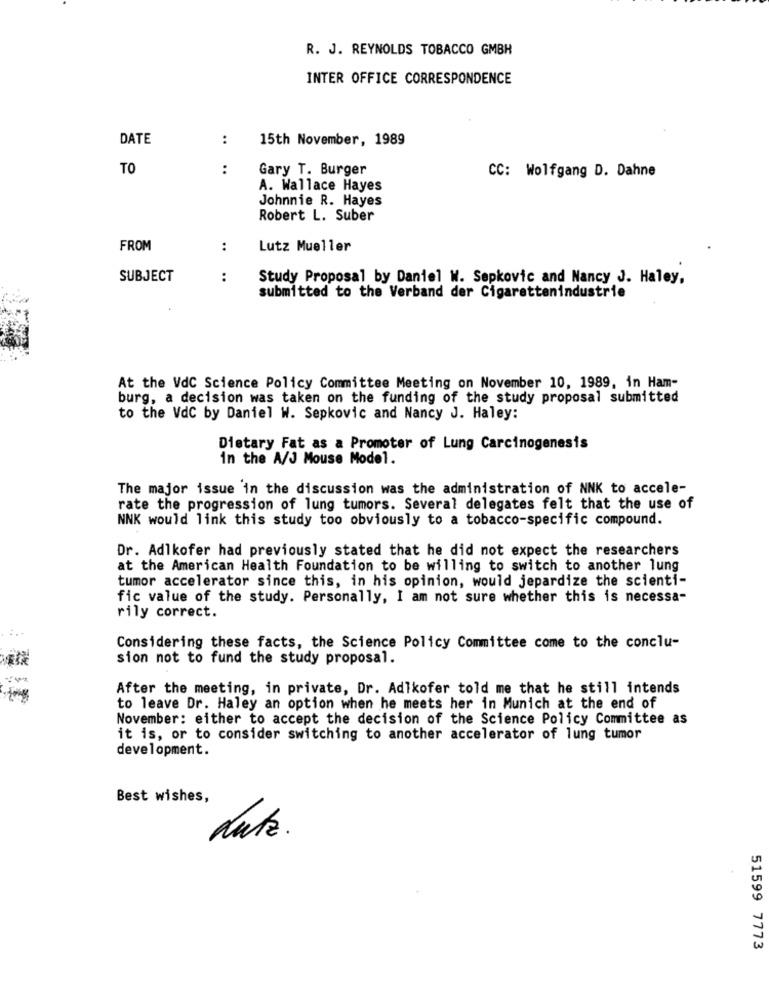
R. J. REYNOLDS TOBACCO GMBH
INTER OFFICE CORRESPONDENCE
DATE
:
15th November, 1989
TO
:
Gary T. Burger
CC: Wolfgang D. Dahne
A. Wallace Hayes
Johnnie R. Hayes
Robert L. Suber
FROM
:
Lutz Mueller
SUBJECT
:
Study Proposal by Daniel W. Sepkovic and Nancy J. Haley,
submitted to the Verband der Cigarettenindustrie
At the VdC Science Policy Committee Meeting on November 10, 1989, in Ham-
burg, a decision was taken on the funding of the study proposal submitted
to the VdC by Daniel W. Sepkovic and Nancy J. Haley:
Dietary Fat as a Promoter of Lung Carcinogenesis
in the A/J Mouse Model.
The major issue in the discussion was the administration of NNK to accele-
rate the progression of lung tumors. Several delegates felt that the use of
NNK would link this study too obviously to a tobacco-specific compound.
Dr. Adlkofer had previously stated that he did not expect the researchers
at the American Health Foundation to be willing to switch to another lung
tumor accelerator since this, in his opinion, would jepardize the scienti-
fic value of the study. Personally, I am not sure whether this is necessa-
rily correct.
Considering these facts, the Science Policy Committee come to the conclu-
sion not to fund the study proposal.
After the meeting, in private, Dr. Adlkofer told me that he still intends
to leave Dr. Haley an option when he meets her in Munich at the end of
November: either to accept the decision of the Science Policy Committee as
it is, or to consider switching to another accelerator of lung tumor
development.
Best wishes,
dute.
51599 7773